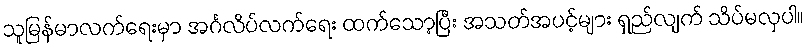
သူမြန်မာလက်ရေးမှာ အင်္ဂလိပ်လက်ရေး ထက်သော့ပြီး အသတ်အပင့်များ ရှည်လျက် သိပ်မလှပါ။